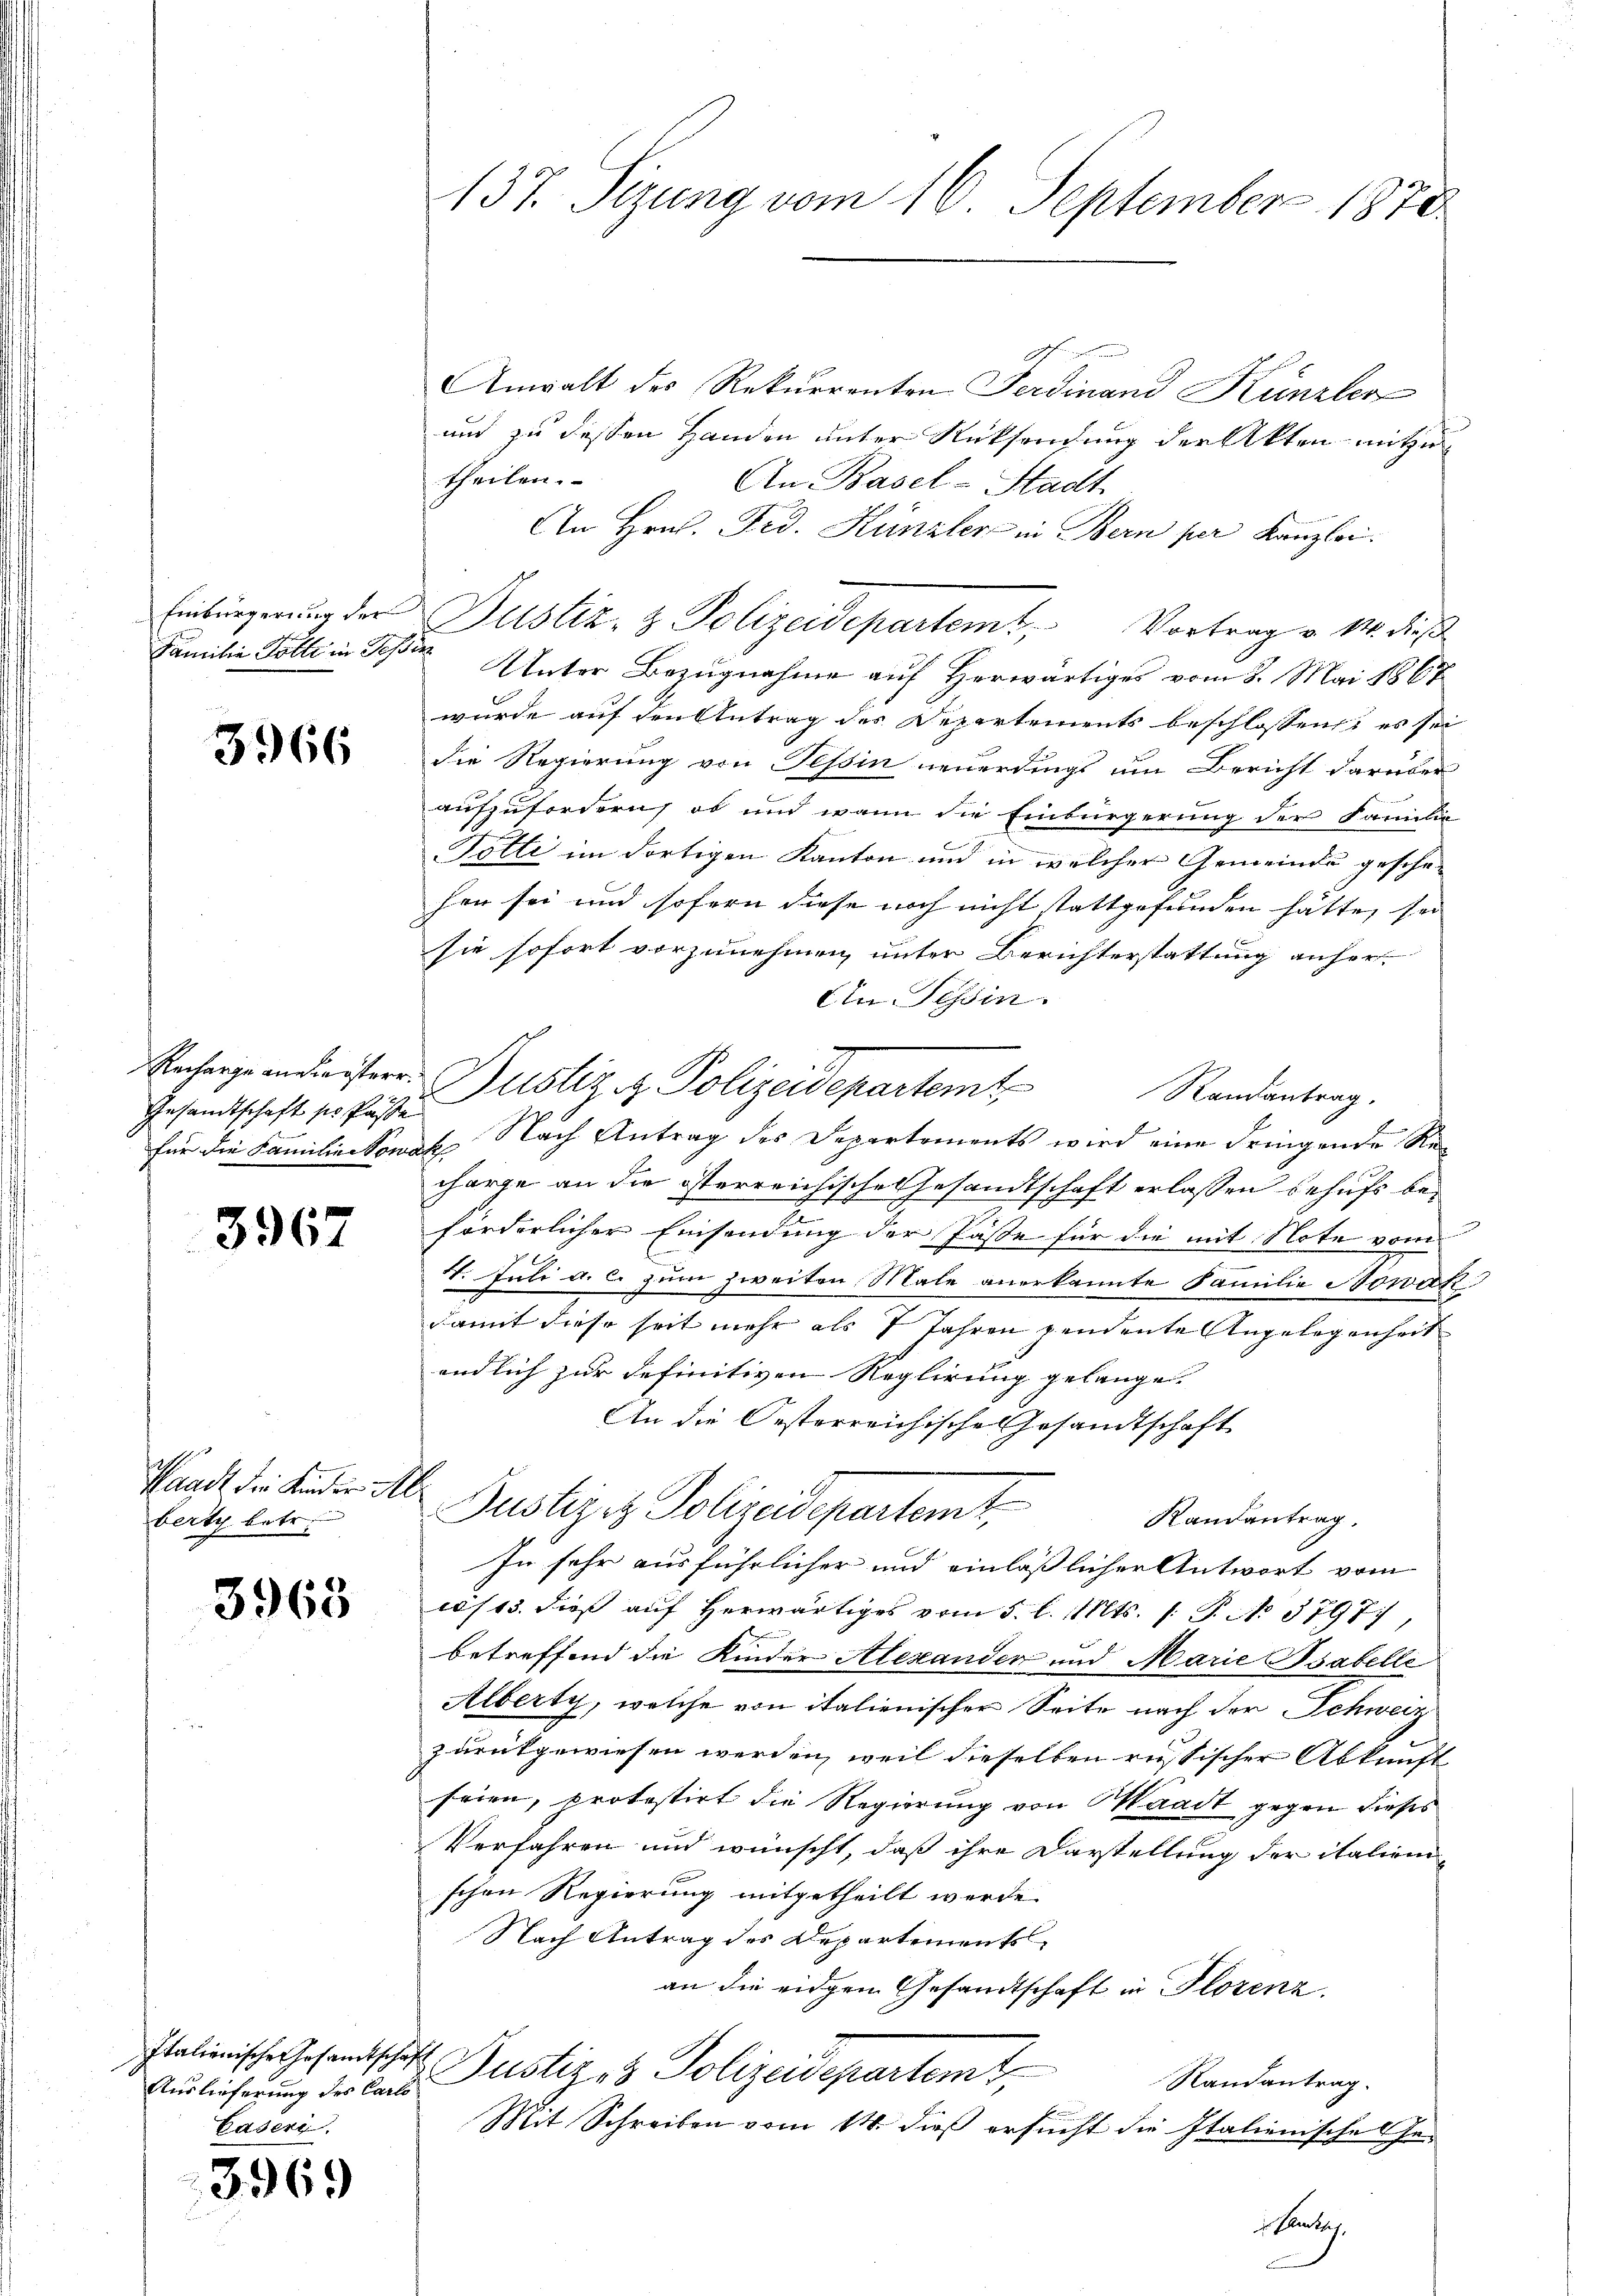
3966

Gesandtschaft ses Pässe

3967

Pandt der Kinder Albertz betr.

3968

Italienische Gesamtschaft
Auslieferung des Carlo
Caseri

3969

137. Sizung vom 16. September 1870

Anwalt des Rekurrenten Ferdinand Künzler
und zu dessen Handen unter Rücksendung der Akten mitzu
theilen.
An Basel-Stadt
An Hrn. Frd. Künzler in Bern per Kanzlei.
Einbürgerung der Justiz- & Polizeidepartemt, Vortrag v. M. dieß
Familie Kolle in des Unter Bezugnahme auf Herwärtiges vom 8. Mai 1867
wurde auf den Antrag des Departements beschlossen, es sei
die Regierung von Tessin neuerdings um Bericht darüber
aufzufordern, ob und wann die Einbürgerung der Familie
Totti im dortigen Kanton und in welcher Gemeinde gesche-
hen sei und sofern diese noch nicht stattgefunden hätte, sei
sie sofort vorzunehmen, unter Berichterstattung anher¬
Ein Tessin.
Entarge in dreister Justiz & Polizeidepartemt
Randantrag.
für die Familie somit Nach Antrag des Departements wird eine dringende Recharge an die österreichische Gesandtschaft erlassen behufs beforderlicher Einsendung der Fässe für die mit Note vom
4. Juli a. c. zum zweiten Male anerkannte Familie Nowak
damit diese seit mehr als 7 Jahren pendente Angelegenheit
endlich zur definitiven Reglirung gelange. |
An die Oesterreichische Gesandtschaft
Justiz es Polizeidepartemt
Randantrag.
In sehr ausführlicher und einläßlicher Antwort vom
css 15. dieß auf herwärtiges vom 5. l. Mts. 1. P. Nr. 1797.
betreffend die Kinder Alexander und Marie Psabelle
Alberty, welche von italienischer Seite nach der Schweiz
zurückgewiesen werden, weil dieselben russischer Abkunft
seien, protestirt die Regierung von Waadt gegen dieses
Verfahren und wünscht, daß ihre Darstellung der italien-
schen Regierung mitgetheilt werde.
Nach Antrag des Departements
an die eidgen Gesandtschaft in Plorenz
Justizes Polizeidepartemt,
Randantrag.
Mit Schreiben vom 14. dieß ersucht die Italienische Geenlich